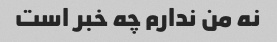
نه من ندارم چه خبر است